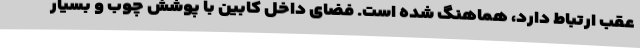
عقب ارتباط دارد، هماهنگ شده است. فضای داخل کابین با پوشش چوب و بسیار